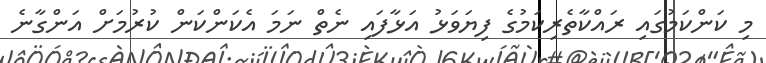
މި ކަންކަމުގައި ރައްކާތެރިކަމުގެ ފިޔަވަޅު އަޅާފައި ނެތް ނަމަ އެކަންކަން ކުރުމަށް އަންގާނެ